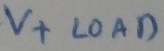
Text: V+ LOAD